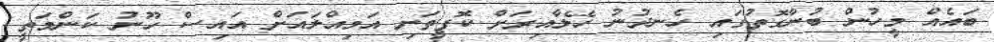
ބައެއް މީހުން ބުނާގޮތުގައި ހެނދުނު ހޭލާއިރަށް ކޮފީތަށި އަމިއްލައަށް އައިސް ހޫނު ކަންމަތީ